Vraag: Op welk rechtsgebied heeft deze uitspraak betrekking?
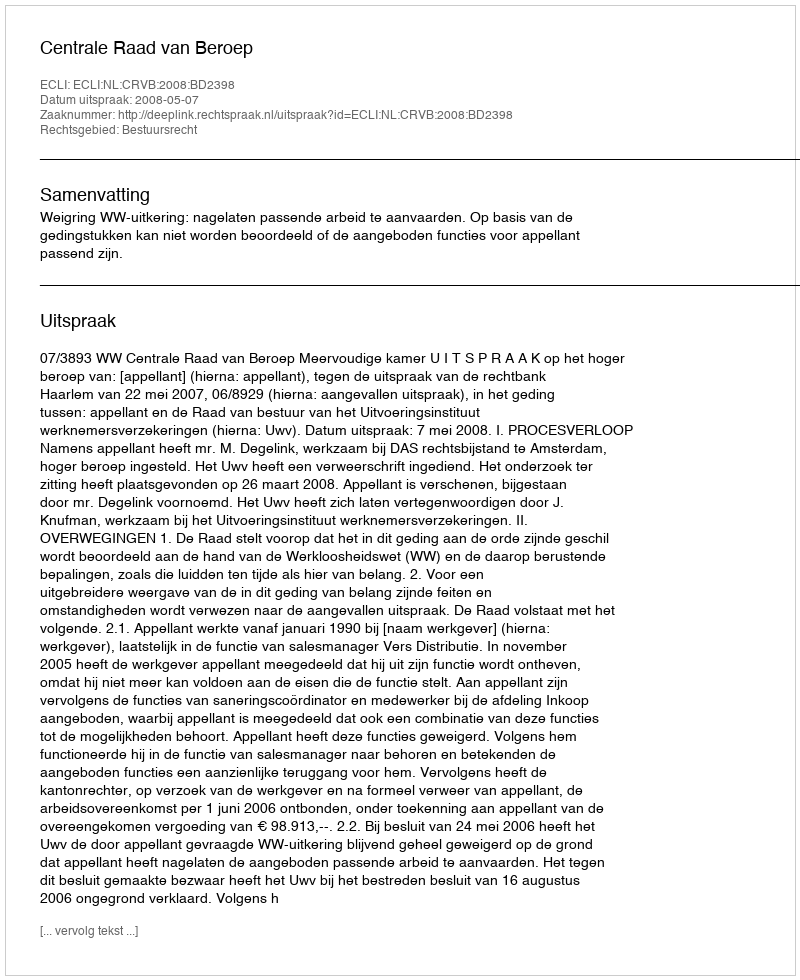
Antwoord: Bestuursrecht